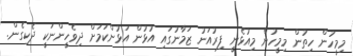
މިމީހުން ހިތުން މިމީހުން މިއުޅެނީި ފިރުއަނު ޒަމާނުގައި އުޅުން އަޅުންކަމަށް ދިވެހީންނަކީ ދެކިގެން.